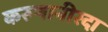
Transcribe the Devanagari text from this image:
करुणानीरदा